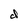
Character: d